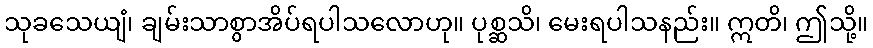
သုခသေယျံ၊ ချမ်းသာစွာအိပ်ရပါသလောဟု။ ပုစ္ဆသိ၊ မေးရပါသနည်း။ ဣတိ၊ ဤသို့။